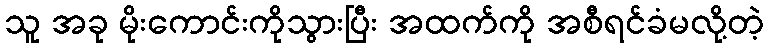
သူ အခု မိုးကောင်းကိုသွားပြီး အထက်ကို အစီရင်ခံမလို့တဲ့